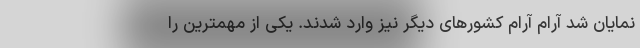
نمایان شد آرام آرام کشورهای دیگر نیز وارد شدند. یکی از مهمترین را